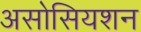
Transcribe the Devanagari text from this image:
असोसियशन